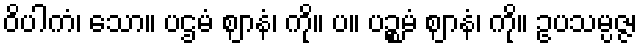
ဝိပါကံ၊ သော။ ပဌမံ ဈာနံ၊ ကို။ ပ။ ပဉ္စမံ ဈာနံ၊ ကို။ ဥပသမ္ပဇ္ဇ၊